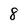
Character: 8